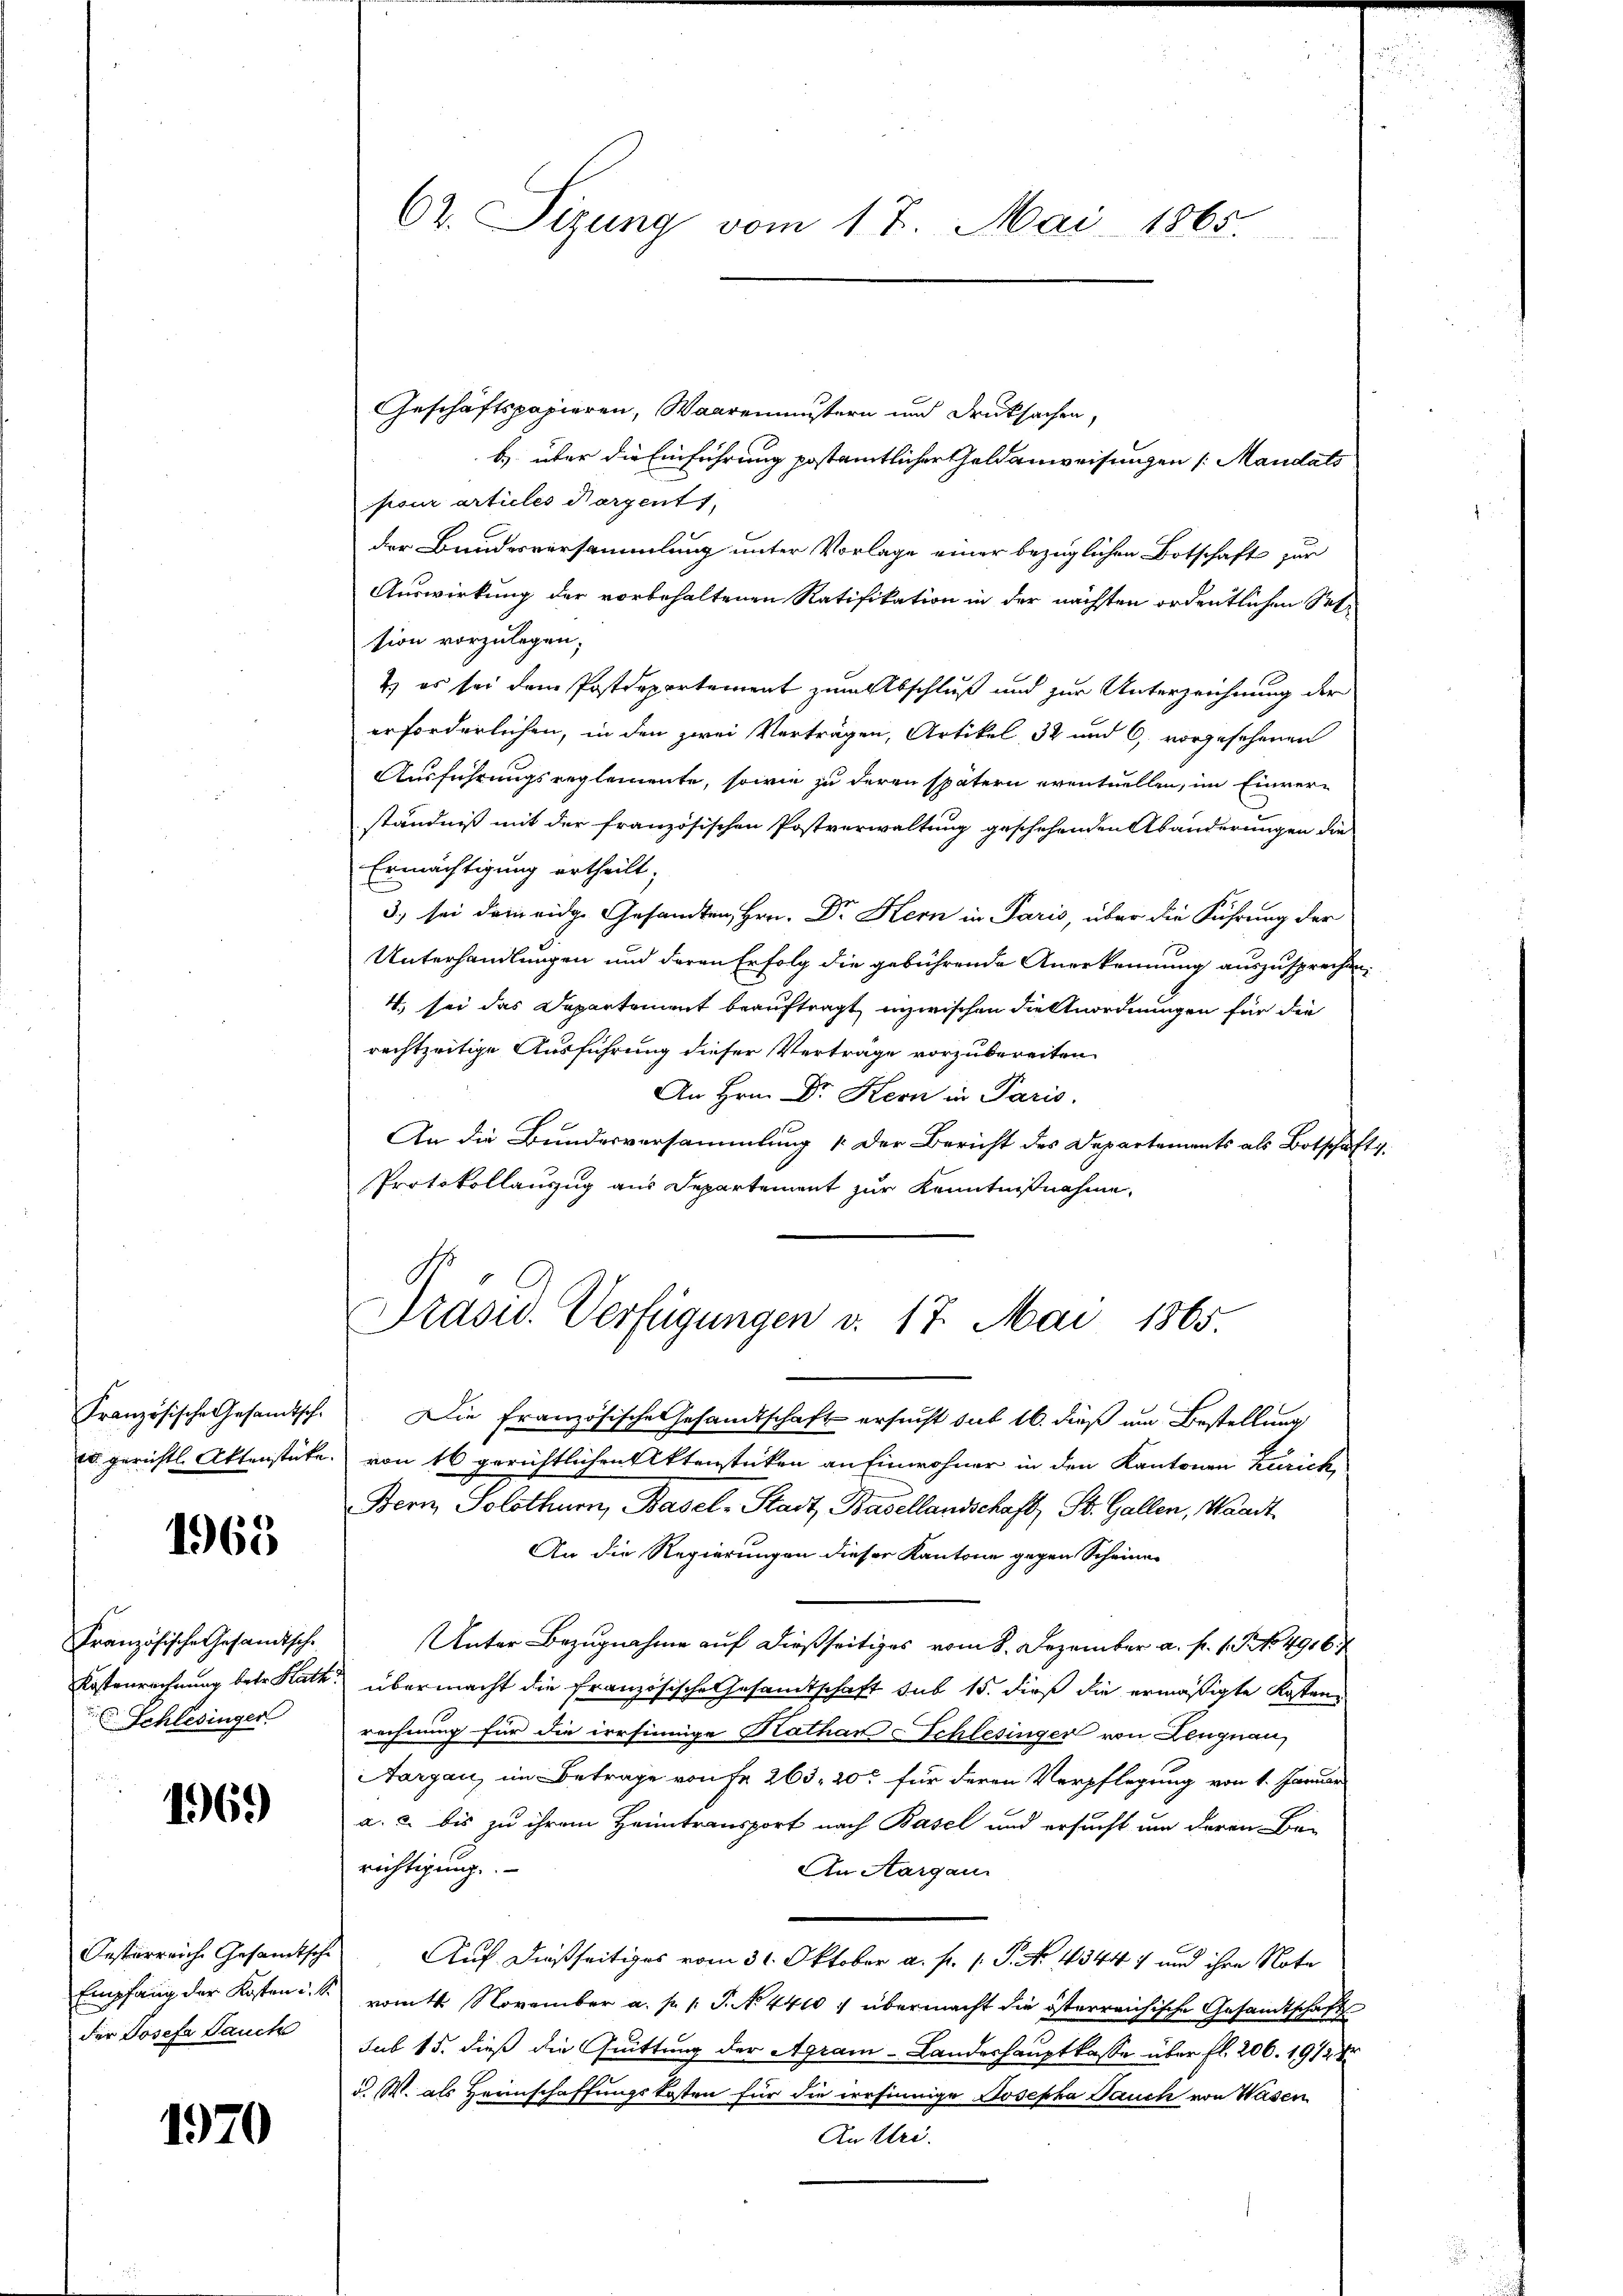
1965

Französische Gesandtsche
Kostenrechnung betr. Katz
Schlesinger

1969

Desperreiche Gesamtsche
der Josefa Jauch

1970

62. Sizung vom 17. Mai 1865.

Geschäftspapieren, Waarenmustern und Drucksachen,
b) über die Einführung postamtlicher Geldanweisungen /: Mandats
pour articles Nargent
der Bundesversammlung unter Vorlage einer bezüglichen Botschaft zur
Auswirkung der vorbehaltenen Ratifikation in der nächsten ordentlichen Seli
sion vorzulegen;
4.) es sei dem Postdepartement zum Abschluß und zur Unterzeichnung der
erforderlichen, in den zwei Verträgen, Artikel, 32 und 6, vorgesehenen
Ausführungsreglemente, sowie zu deren spätern eventuellen, im Einverständniß mit der französischen Postverwaltung geschehenden Abänderungen die
Ermächtigung ertheilt;
3) sei dem eidge Gesandten, Hrn. Dr Kern in Paris, über die Führung der
Unterhandlungen und deren Erfolg die gebührende Anerkennung auszusprechen,
4. sei das Departement beauftragt, inzwischen Dielenordnungen für die
rechtzeitige Ausführung dieser Verträge vorzubereiten
An Hrn. Dr Kern in Paris.
An die Bundesversammlung 1. Der Bericht des Departements als Botschafts
Protokollanzug aus Departement zur Kenntnißnahme,

Präsid. Verfügungen v. 17. Mai 1865.
n

Französische Gesandtsch. Die französische Gesandtschaft ersucht sub 16. dieß um Bestellung
e gerichtl. Aktenstüke von 16 gerichtlichen Aktenstücken an Einwohner in den Kantonen Zürich,
Bern, Solothurn, Basel-Stadt, Basellandschaft, St. Gallen, Waadt
An die Regierungen dieser Kantone gegen Scheiner
Unter Bezugnahme auf dießseitiges vom 8. Dezember a. p. 1. P. Nr. 4916.
t übermacht die französische Gesamtschaft sub 15. dieß die ermäßigte Kostenrechnung für die irrsinnige Kathan Schlesinger von Lengnau,
Aargau, im Betrage von Fr. 263, 20 für deren Verpflegung von 1. Januar
a. u. bis zu ihrem Heimtransport nach Basel und ersucht um deren Berichtigung.
An Aargau
Auf dießseitiges vom 31. Oktober a. f. 1. P. No. 43447 und ihre Note
Empfang der Kosten u. s. vom 14. November a. p. 1. P. No 4400 f übermacht die österreichische Gesandtschaft
sub 15. dieß die Quittung der Agram-Landeshauptkasse über fl. 206. 1912 Xr
d. W. als Heimschaffungskosten für die irrsinnige Josepha Pauch von Wasen
An Uri.